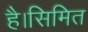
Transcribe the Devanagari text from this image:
है।सिमित